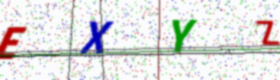
Text: EXYZ